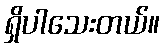
ရှိပါသေးတယ်။